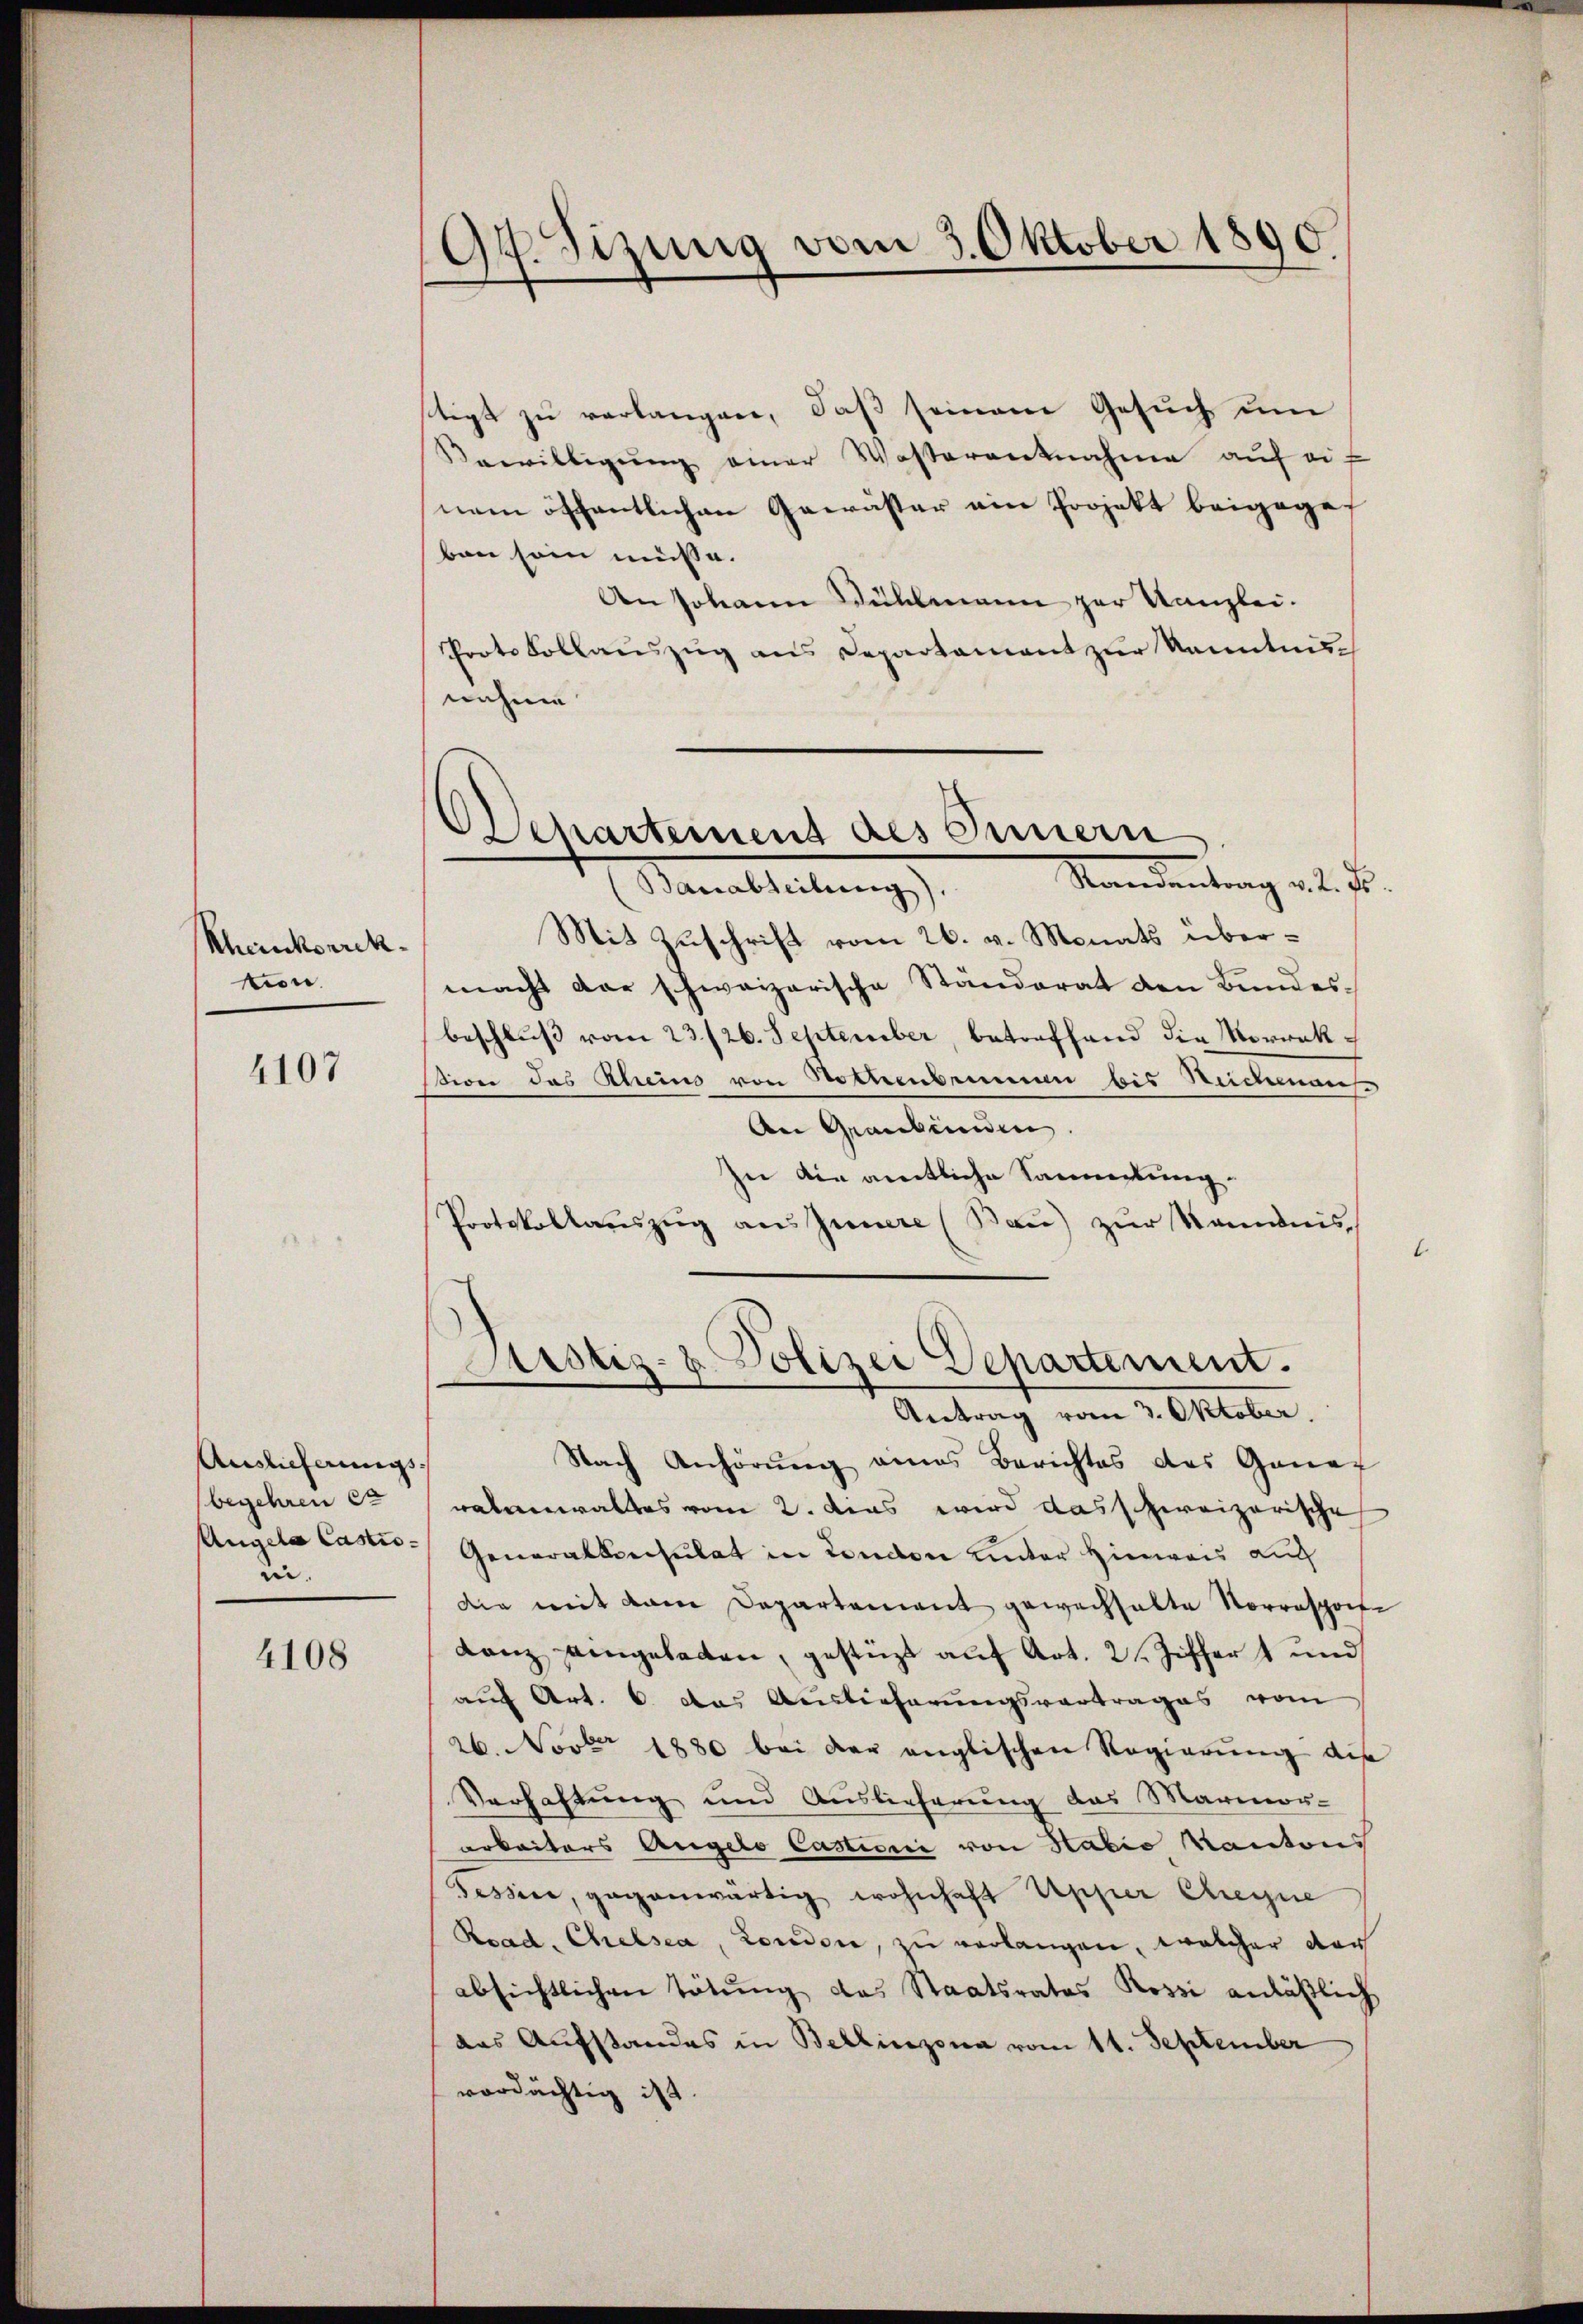
Rheinkorrek
tion.

4107

Auslieferungs-
begehren et
ni.

4108

97. Sizung vom 3. Oktober 1890.

Departement des Innern
Standentrag v. 2. d.
Marmelleitung

tigt zu verlangen, daß seinem Gesuch um
Bewilligŭng einer Waßerantnahme auf auf
nem öffentlichen Gewässer ein Projekt beigege
ben sein müsse.
An Johann Bühlmann zur Kanzlei.
Protokollaŭszŭg ans Departament zur kanntnis
nehme
Mit Zuschrift vom 26. v. Monats übermacht der schweizerische Ständerat den Bundes-
beschluß vom 23./26. September, betreffend die Morwraksion des Rheins von Rottenbrunnen bis Seidemans
An Graubünden.
In die amtliche Sammertung.
Protokollauszug aus Innere (Bau) zur Sandnis
.
Justiz- & Polizei Departement.
Antrag vom 3. Oktober.
Nach Anhörung eines Berichtes des Ganef
ratenwalttes vom 2. das wird das schweizerische
Angela Casti - Generalkonsulat in London unter Hinweis auch
die mit dem Departement gewachhalte Vorrespote
Lanz angeladen, gestüzt auf Art. 2 Ziffert und
auf Art. 6. das Auslieferungsvortrages vom
26. Nov. 1880 bei der englischen Regierŭng die
Verhaltung und Auslieferung das Marmor-
arkeiters Angelo Castioni von Habie Kantons
Tessine, gegenwärtig wohnhaft Apper Chegne
Road. Chelsea, London, zu verlangen, welcher der
absichtlichen Tötung das Staatsrates Rossi anläßlich
das Aufstandes in Bellinzona vom 11. September
verdächtig ist